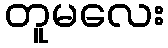
တူမလေး